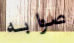
صوابه